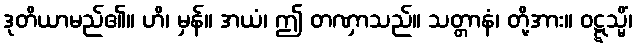
ဒုတိယာမည်၏။ ဟိ၊ မှန်။ အယံ၊ ဤ တဏှာသည်။ သတ္တာနံ၊ တို့အား။ ဝဋ္ဋသ္မိံ၊